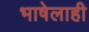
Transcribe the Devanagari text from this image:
भाषेलाही